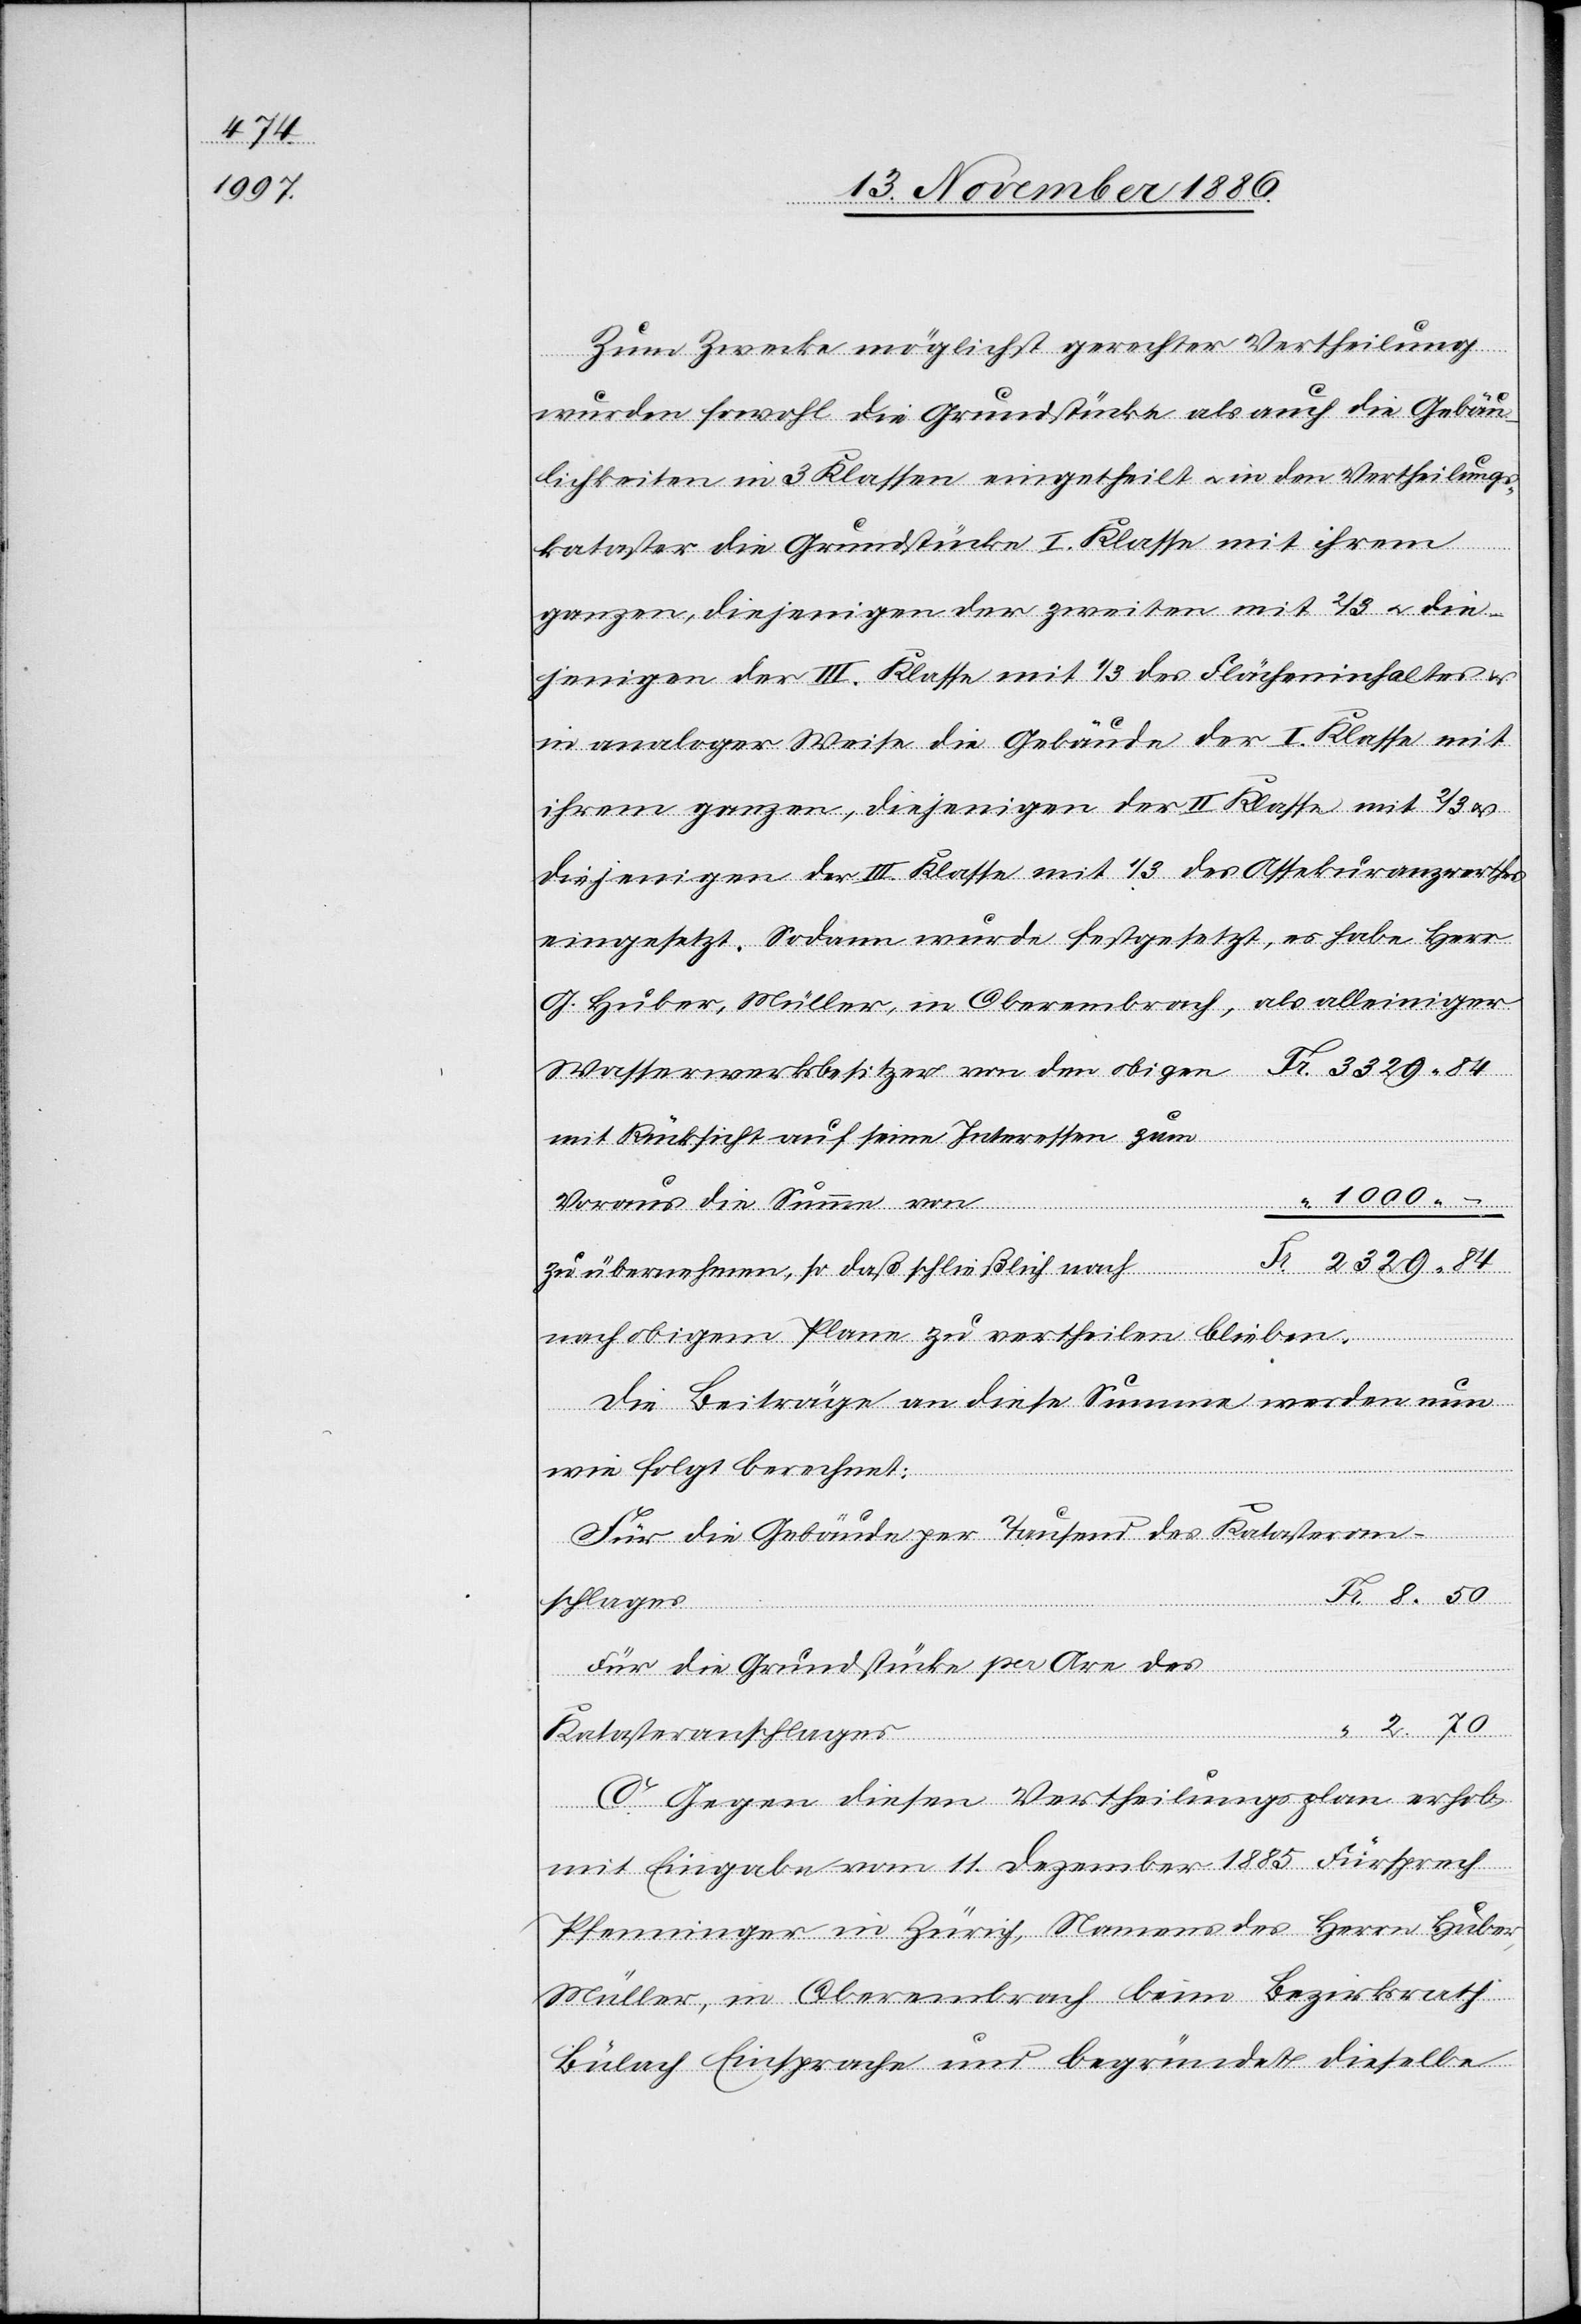
Zum Zwecke möglichst gerechter Vertheilung
wurden sowohl die Grundstücke als auch die Gebäu¬
lichkeiten in 3 Klassen eingetheilt & in den Vertheilungs¬
kataster die Grundstücke I. Klasse mit ihrem
ganzen, diejenigen der zweiten mit 2/3 & die¬
jenigen der III. Klasse mit 1/3 des Flächeninhaltes &
in analoger Weise die Gebäude der I. Klasse mit
ihrem ganzen, diejenigen der II. Klasse mit 2/3
diejenigen der III. Klasse mit 1/3 des Assekuranzwerthes
eingesetzt. Sodann wurde festgesetzt, es habe Herr
Wasserwerksbesitzer von den obigen
mit Rücksicht auf seine Interessen zum
1000 –
8 50
Voraus die Summe von
zu übernehmen, so daß schließlich nach
nach obigem Plane zu vertheilen blieben.
Die Beiträge an diese Summe werden nun
wie folgt berechnet:
Für die Gebäude per Tausend des Katasteran¬
schlages
Für die Grundstücke per Are des
Fr.
Katasteranschlages
C. Gegen diesen Vertheilungsplan erhob
mit Eingabe vom 11. Dezember 1885 Fürsprech
Pfenninger in Zürich, Namens des Herrn Huber,
Müller, in Oberembrach beim Bezirksrath
Bülach Einsprache und begründet dieselbe